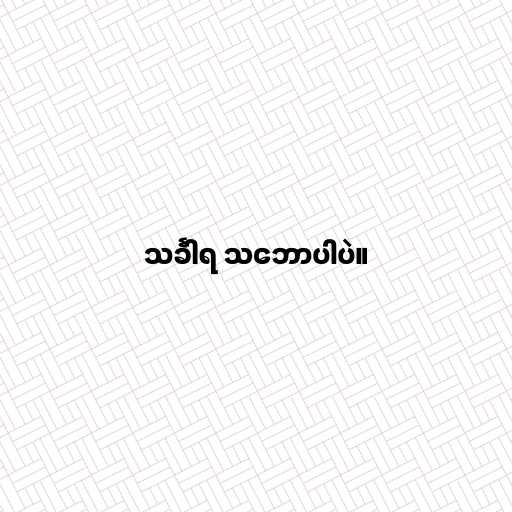
သင်္ခါရ သ‌ဘောပါပဲ။